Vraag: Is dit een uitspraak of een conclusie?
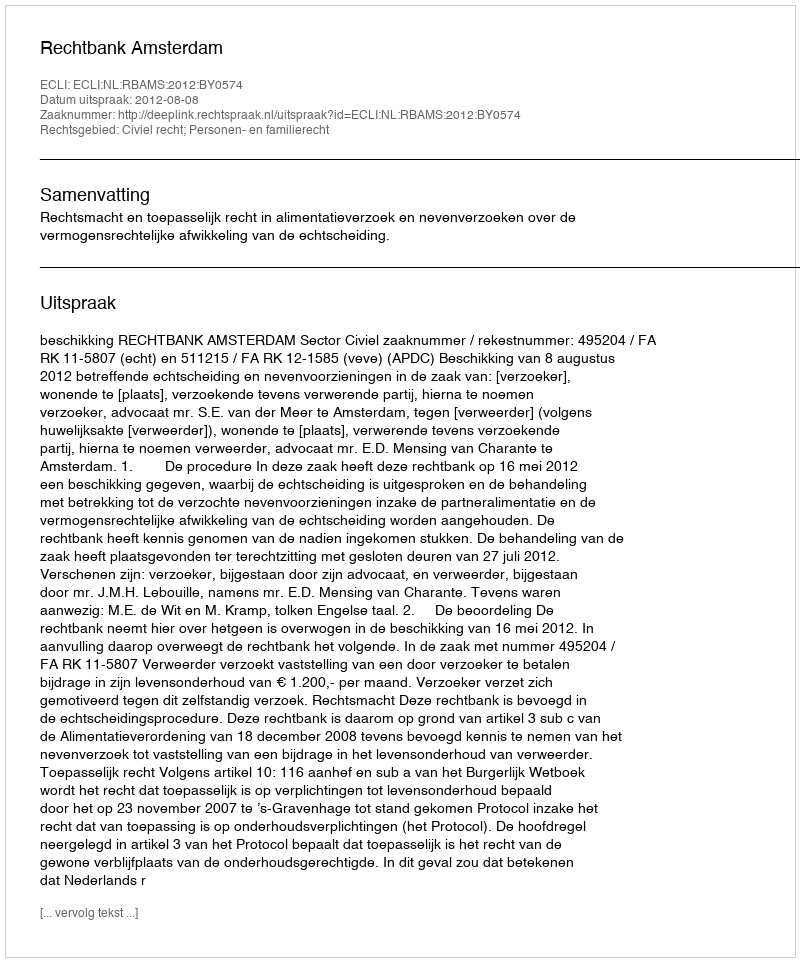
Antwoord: Uitspraak